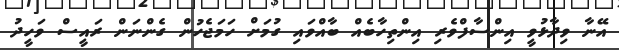
އޭނާ ވިދާޅުވީ އިންސާފްވެރި އިންތިހާބެއް ބާއްވައި ގުމަށް ހަމަޖެހުން ގެންނަން ރައީސް ވަހީދު